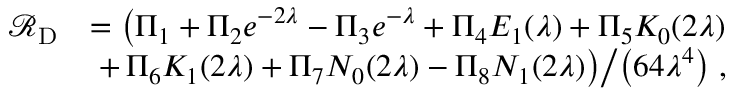
\begin{array} { r l } { \mathcal { R } _ { \mathrm { D } } } & { = \big ( \Pi _ { 1 } + \Pi _ { 2 } e ^ { - 2 \lambda } - \Pi _ { 3 } e ^ { - \lambda } + \Pi _ { 4 } E _ { 1 } ( \lambda ) + \Pi _ { 5 } K _ { 0 } ( 2 \lambda ) } \\ & { \, \left. + \, \Pi _ { 6 } K _ { 1 } ( 2 \lambda ) + \Pi _ { 7 } N _ { 0 } ( 2 \lambda ) - \Pi _ { 8 } N _ { 1 } ( 2 \lambda ) \big ) \middle / \left( 6 4 \lambda ^ { 4 } \right) \right. , } \end{array}